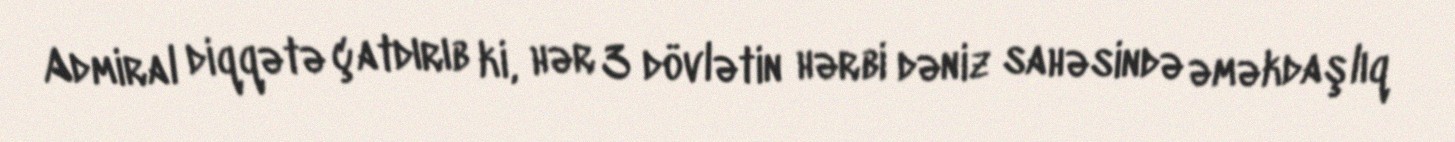
Admiral diqqətə çatdırıb ki, hər 3 dövlətin hərbi dəniz sahəsində əməkdaşlıq